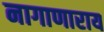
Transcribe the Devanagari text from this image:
नागाणाराय